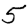
Digit: 5